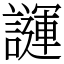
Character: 𧬪